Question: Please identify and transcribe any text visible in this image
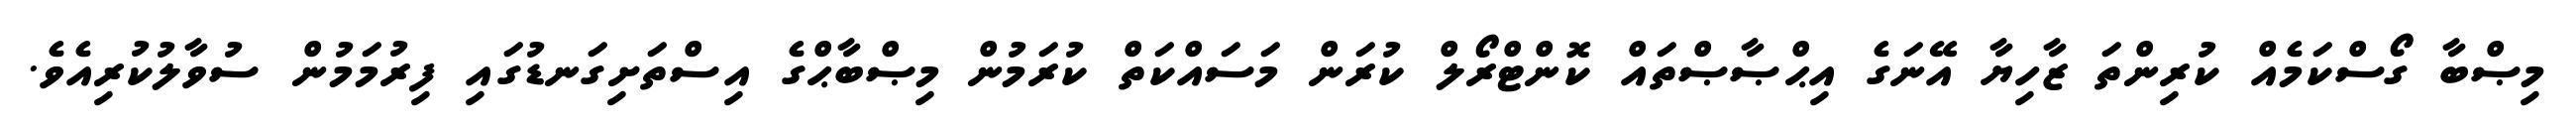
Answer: މިޞްބާ ގޯސްކަމެއް ކުރިންތަ ޒާހިޔާ އޭނަގެ އިޙްޞާޞްތައް ކޮންޓްރޯލް ކުރަން މަސައްކަތް ކުރަމުން މިޞްބާޙްގެ އިސްތަށިގަނޑުގައި ފިރުމަމުން ސުވާލުކުރިއެވެ.